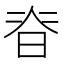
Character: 𭦃